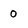
Character: 0